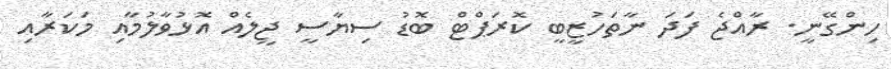
ހިންގޭނީ. ރާއްޖެ ފަދަ ނާތަހުޒީބީ ކޮރަޕްޓް ބޮޑު ސިޔާސީ ޖީލެއް އޮޅުވާލުމާއި މަކަރާއި